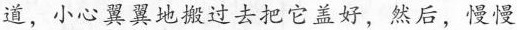
道，小心翼翼地搬过去把它盖好，然后，慢慢